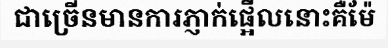
ជាច្រើនមានការភ្ញាក់ផ្អើលនោះគឺម៉ែ